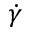
\dot { \gamma }